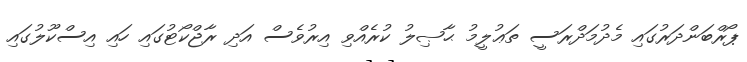
ޕޯރްބަންދަރުގައި މެދުމަދްރަސީ ތަޢުލީމު ޙާޞިލު ކުރެއްވި އިރުވެސް އަދި ރާޖްކޯޓުގައި ހައި އިސްކޫލުގައި